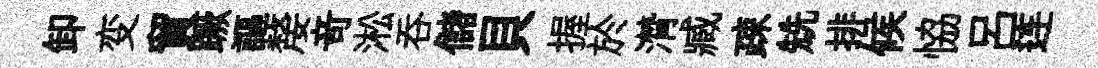
卸变貿蹶謳嫠竒淞吞儲貝握於潸臧疎兟排候恊呂连